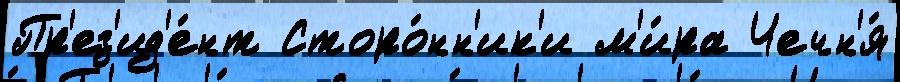
Пр'ез'ид'е́нт Сторо́нн'ик'и м'и́ра Чечн'я́